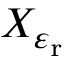
X _ { \varepsilon _ { \mathrm { r } } }